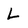
Character: L